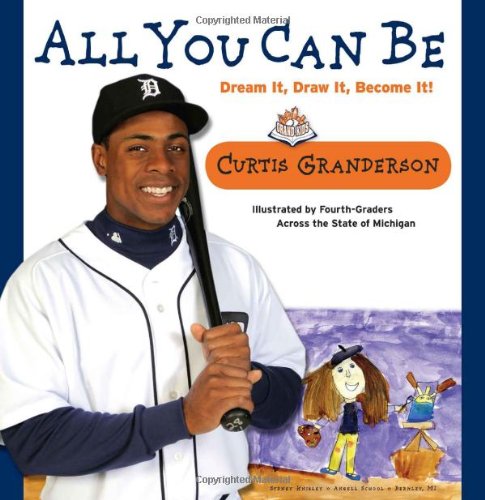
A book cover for All You Can Be: Dream It, Draw It, Become It!; Curtis Granderson; Biographies & Memoirs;